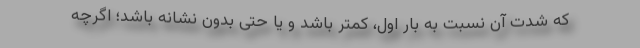
که شدت آن نسبت به بار اول، کمتر باشد و یا حتی بدون نشانه باشد؛ اگرچه